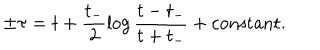
LaTeX: \pm \tau = t + \frac { t _ { - } } { 2 } \log \frac { t - t _ { - } } { t + t _ { - } } + \mathrm { c o n s t a n t } .